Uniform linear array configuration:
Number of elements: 32
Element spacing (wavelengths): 0.25
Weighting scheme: uniform
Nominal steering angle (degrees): -30
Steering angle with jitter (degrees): -29.571
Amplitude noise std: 0.05
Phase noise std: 0.05

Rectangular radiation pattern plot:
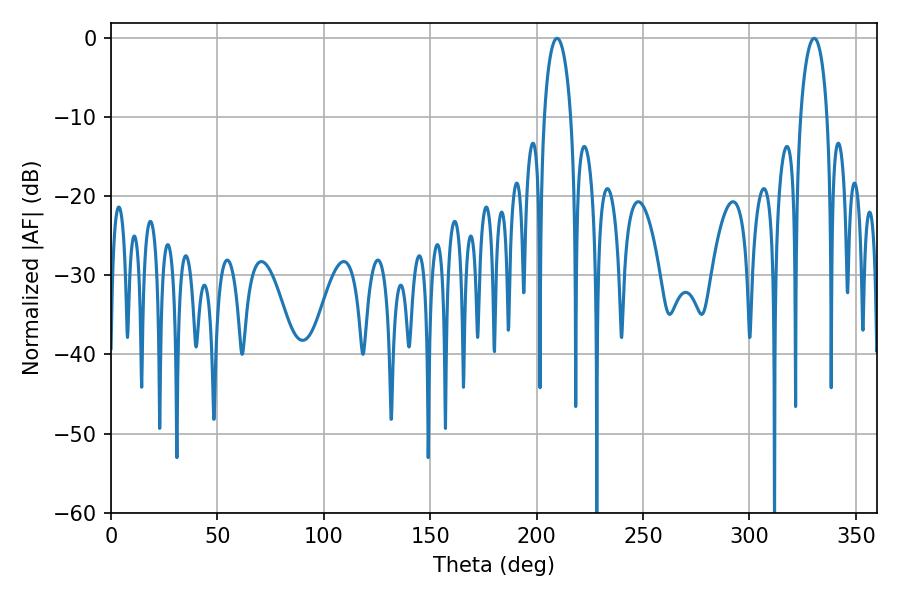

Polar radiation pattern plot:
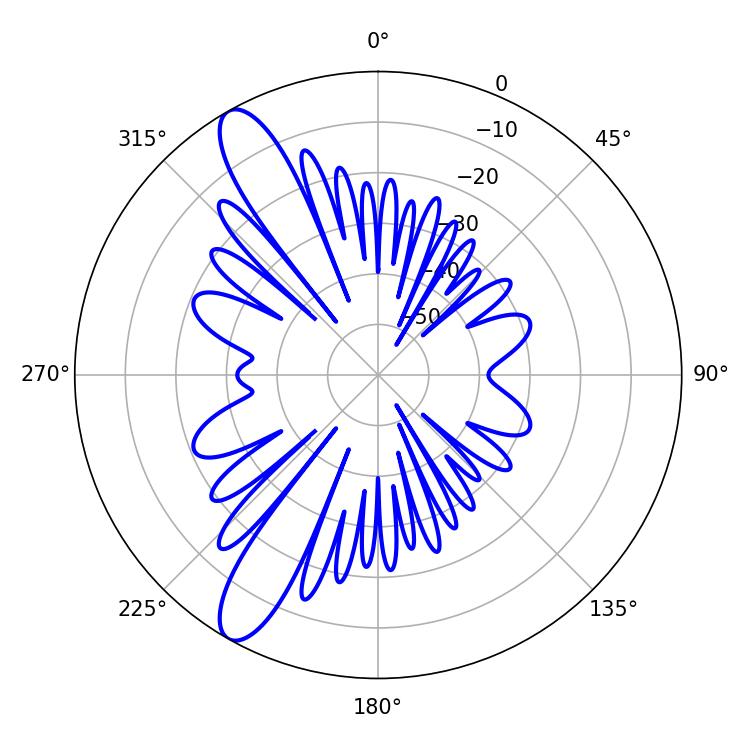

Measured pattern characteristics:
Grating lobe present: FALSE
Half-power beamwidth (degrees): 7.2
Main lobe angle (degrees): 209.52